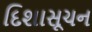
દિશાસૂચન